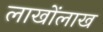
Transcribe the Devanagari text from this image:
लाखोंलाख